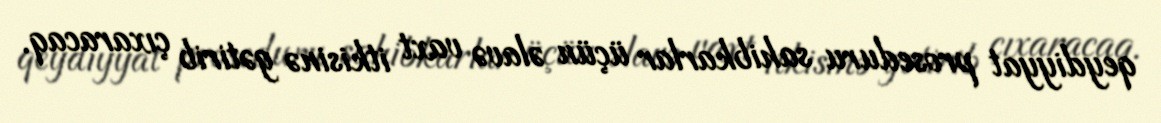
qeydiyyat proseduru sahibkarlar üçün əlavə vaxt itkisinə gətirib çıxaracaq.